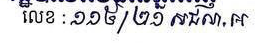
លេខ: ១១៥/២១ សជណ.អ